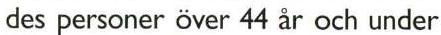
des personer över 44 år och under